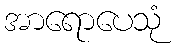
အာရောပေသုံ